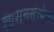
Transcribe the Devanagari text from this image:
शासनसंस्थेला